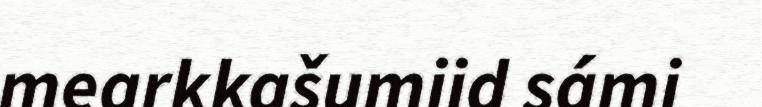
mearkkašumiid sámi